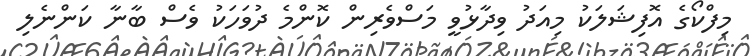
މިފްކޯގެ އޮފިޝަލަކު މިއަދު ވިދާޅުވީ މަސްވެރިން ކޮންމެ ދުވަހަކު ވެސް ބާނާ ކަންނެލި